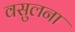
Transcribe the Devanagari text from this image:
वसुलना